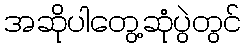
အဆိုပါတွေ့ဆုံပွဲတွင်